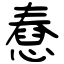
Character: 憃